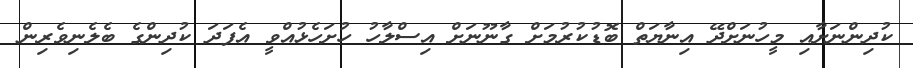
ކުދިންނަށާއި މީހުނަށްދޭ އިނާޔަތް ބޮޑުކުރުމަށް ގާނޫނަށް އިސްލާހު ހުށަހެޅުއްވީ އެފަދަ ކުދިންގެ ބެލެނިވެރިން